Annual statistical returns and brief notes on vaccination in Bengal - 1896-1909
Year: 1896
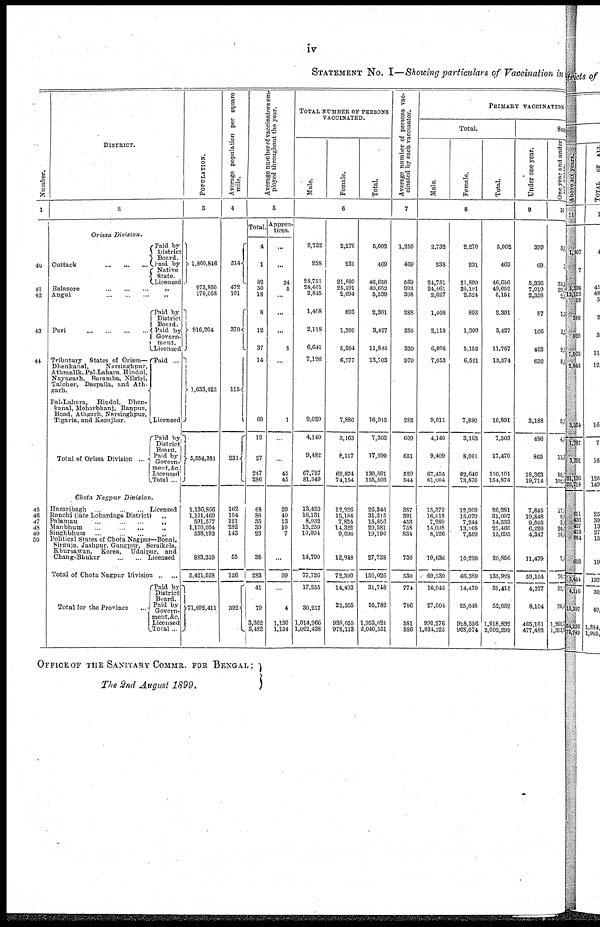
iv
STATEMENT No. I—Showing particulars of Vaccination in
Number.
1
40
41
42
43
44
45
46
47
48
49
50
DISTRICT.
2
Orissa Division.
Cuttack
...
...
...
Paid by
District
Board.
Paid by
Native
State.
Licensed
Balasore ... ... ...
Angul
...
...
...
„
Puri
...
...
...
...
Tributary States of Orissa—
Dhenkanal,
Narsinghpur,
Athmalik, Pal-Lahara, Hindol,
Nayagarh, Baramba, Nilgiri,
Talcher, Daspalla, and Ath¬
garh.
Pal-Lahara,
Hindol, Dhen¬
kanal, Moharbhanj, Ranpur,
Boad, Athgarh, Narsinghpur,
Tigaria, and Keonjhar.
Total of Orissa Division ...
Paid by
District
Board.
Paid by
Govern¬
ment.
Licensed
Paid ...
Licensed
Paid by
District
Board.
Paid by
Govern¬
ment, &c.
Licensed
Total ...
Chota Nagpur
Division.
Hazaribagh
...
...
...
Licensed
Ranchi (late Lohardnga District)
„
Palamau
...
...
...
„
Manbhum
...
...
...
„
Singhbhum
...
...
...
„
Political States of Chota Nagpur—Bonai,
Sirguja, Jashpur, Gangpur, Seraikela,
Khursawan,
Korea,
Udaipur, and
Chang-Bhukar
...
...
Licensed
Total of Chota Nagpur Division „ ...
Total for the Province ...
Paid by
District
Board.
Paid by
Govern¬
ment,&c.
Licensed
Total ...
POPULATION.
3
1,860,846
973,850
170,058
916,204
1,633,423
5,554,381
1,136,866
1,101,469
591,577
1,170,094
538,193
883,359
5,421,558
71,092,411
A verage population per square
mile.
4
514
472
101
370
115
231
162
154
121
282
143
55
126
392
Average number of vaccinators em-
ployed throughout the year.
5
Total.
4
1
82
50
18
8
12
37
14
60
12
27
247
286
68
80
35
39
23
38
283
41
79
3,362
3,482
Appren-
tices.
...
...
34
5
...
...
...
5
...
1
...
...
45
45
29
40
13
10
7
...
99
...
4
1,130
1,134
TOTAL NUMBER OF PERSONS
VACCINATED.
Male.
Female.
Total.
6
2,732
238
24,751
24,461
2,845
1,408
2,118
6,641
7,126
9,029
4,140
9,482
67,727
81,349
13,420
16,131
8,032
15,259
10,094
14,790
77,726
17,255
30,217
1,014,966
1,062,438
2,270
231
21,899
25,191
2,694
893
1,309
5,204
6,577
7,886
3,163
8,117
62,874
74,154
12,920
15,184
7,824
14,322
9,096
12,948
72,300
14,493
25,565
938,055
978,113
5,002
469
46,650
49,652
5,539
2,301
3,427
11,845
13,703
16,915
7,303
17,599
130,601
155,503
26,346
31,315
15,856
29,581
19,190
27,738
150,026
31,748
55,782
1,953,021
2,040,551
Average number of persons vac-
cinated by each vaccinator.
7
1,250
469
569
993
308
288
285
320
979
282
609
651
520
544
387
391
453
758
834
730
530
774
706
581
586
PRIMARY VACCINATION.
Total.
Male.
Female.
Total.
8
2,732
238
24,751
24,461
2,627
1,408
2,113
6,605
7,053
9,011
4,140
9,409
67,455
81,004
13,372
16,018
7,289
14,098
8,126
10,636
69,539
16,945
27,004
990,276
1,034,225
2,270
231
21,899
25,191
2,524
893
1,309
5,152
6,521
7,880
3,163
8,061
62,646
73,870
12,909
15,079
7,244
13,368
7,569
10,220
66,389
14,470
25,048
928,556
968,074
6,002
469
46,650
49,652
5,151
2,301
3,427
11,757
13,574
16,891
7,303
17,470
130,101
154,874
26,281
31,097
14,533
27,466
15,695
20,856
135,928
31,415
52,052
1,918,832
2,002,299
Suc
Under one year.
9
399
69
5,336
7,019
2,358
87
166
462
630
3,188
486
865
18,363
19,714
7,645
19,848
9,565
6,220
4,347
11,479
59,104
4,277
8,104
465,101
477,482
One year and under
six
years.
10
3, 0
2
35,3
29,5
2, 6
1, 7
2,5
9, 8
8, 8
9
4, 8
11,8
86,6
102,8
17,7
9,9
3, 9
20,6
10,8
7,5
70,5
22,2
26,4
1,265,7
1,313,3
OFFICE OF THE SANITARY COMMR. FOR BENGAL;
The 2nd August 1899.